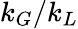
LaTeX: k_{G}/k_{L}